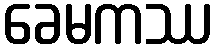
ခေမကဿ